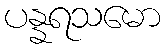
ပန္နရသမော